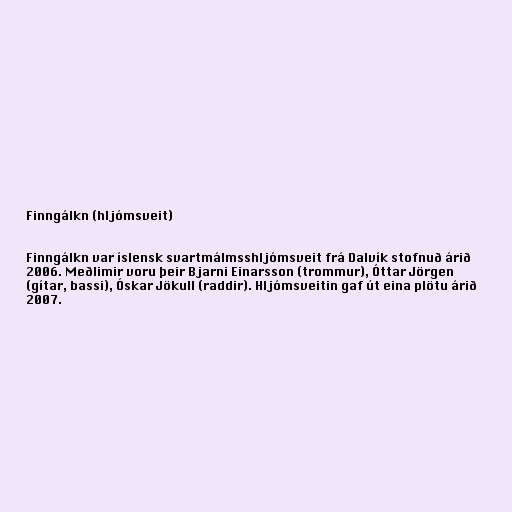
Finngálkn (hljómsveit)

Finngálkn var íslensk svartmálmsshljómsveit frá Dalvík stofnuð árið
2006. Meðlimir voru þeir Bjarni Einarsson (trommur), Óttar Jörgen
(gítar, bassi), Óskar Jökull (raddir). Hljómsveitin gaf út eina plötu árið
2007.